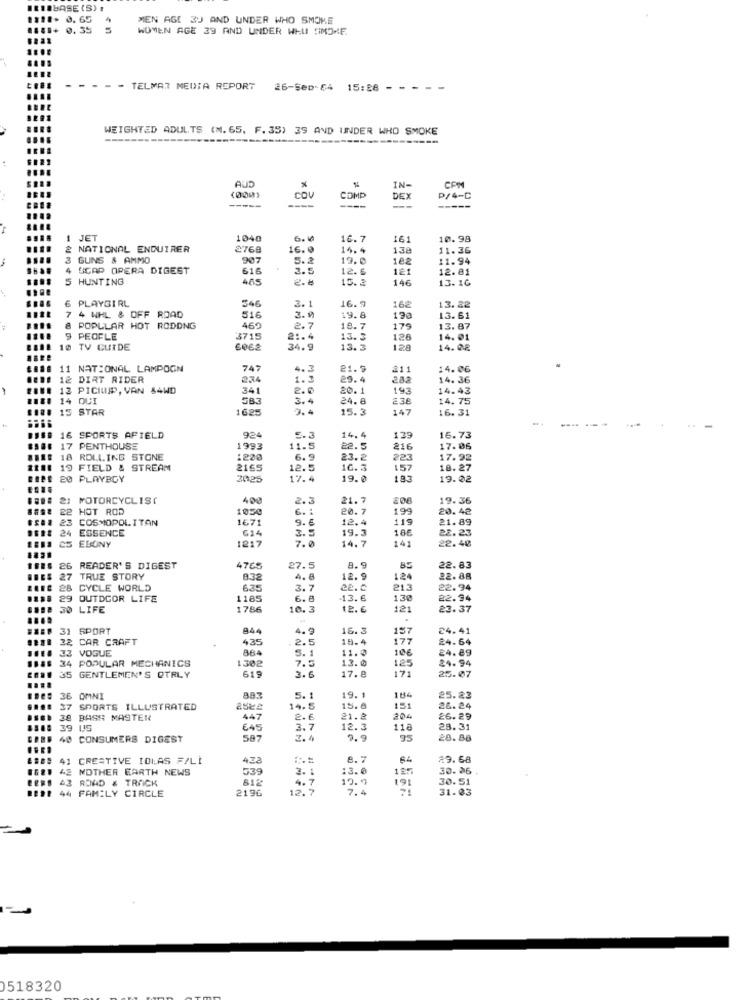
BASE (S) .
0, 65
MEN AGE 3) AND UNDER WHO SMOKE
0.35
WOMEN AGE 39 AND UNDER WHU SMOKE
.. .
- TELMA7 MEDIA REPORT
26-Sep-64 15:28
WEIGHTED ADULTS (M. 65. F. 35) 39 AND UNDER WHO SMOKE
------
(0001
IN-
CPM
----
COV
COMP
DEX
P/4-C
--
----
JET
1040
6.4
16.7
161
10.98
NATIONAL ENQUIRER
2768
16. 0
14.4
130
11.36
3
GUNS & AMMO
907
5.2
19.0
182
11.94
4 SCAP OPERA DIGEST
616
3.5
12. 6
121
12. 81
5 HUNTING
465
2.0
15.2
146
13. 10
6 PLAYGIRL
546
7 4 WHL & OFF ROAD
3. 1
16.9
16₴
13.22
516
3 . 9
19.8
13. 61
& POPULAR HOT RODONG
469
2.7
18.7
179
13.87
9 PEOPLE
3715
21.4
13.3
128
14.01
10 TV GUIDE
6062
34.9
13.3
128
14.02
11 NATIONAL LAMPOGN
747
.. 3
21.9
211
14.06
12 DIRT RIDER
2.34
1.3
29. 4
282
14.36
12 PICIUIP, VAN $4WD
341
2.
20. 1
193
14.43
14 QUI
3.4
24.8
€ 38
14.75
15 STAR
1625
15.3
147
16.31
-
16 SPORTS AFIELD
924
5.3
14.4
139
16.73
17 PENTHOUSE
1993
11.5
22.5
216
17.06
18 ROLLING STONE
1220
6.9
23.2
223
17.92
19 FIELD & STREAM
2165
12.5
16.3
157
18.27
20 PLAYBOY
3025
17. 4
19.
183
19.02
21
MOTORCYCLIST
408
2.3
21.7
506
19.36
22 HOT ROD
1050
6. :
20.7
199
20.42
23 COSMOPOLITAN
1671
12.4
119
21.89
24
ESSENCE
614
19.3
22.23
CS EBONY
1217
3.5
14.7
141
22.40
7.0
26 READER'S DIGEST
4765
27.5
8.9
22.83
: 27
TRUE STORY
832
4.6
12.9
124
22.88
28 CYCLE WORLD
6.35
3.7
22.0
213
22.94
29 OUTDOOR LIFE
1185
6.8
13.6
130
22.94
....
30 LIFE
1786
10.3
12.6
121
23.37
31 SPORT
844
4.9
16.3
157
24.41
22 CAR CRAFT
435
2.5
19.4
177
24.64
33 VOGUE
884
11.0
10€
24.89
34 POPULAR MECHANICS
1302
7.5
5.
12.0
125
24.94
619
171
25.07
35 GENTLEMEN'S OTRLY
3.6
17.8
....
184
36 OMNI
5.
19.1
25.23
37 SPORTS ILLUSTRATED
14.5
15.8
151
26.24
38 BASA MASTER
447
2.
21.8
204
26.29
39 US
645
3.7
12.3
118
23. 31
49 CONSUMERS DIGEST
587
2.4
95
28.88
41 CREATIVE IDIAS F/LI
423
29.68
42 MOTHER EARTH NEWS
539
3.1
13.
30. 96
43 ROAD & TRACK
612
4.7
10.9
191
30.51
44 FAMILY CIRCLE
2196
12.7
7.4
31.03
0518320